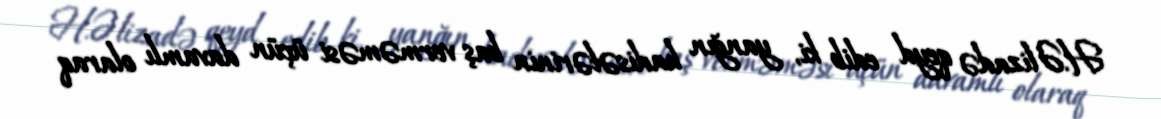
H.Əlizadə qeyd edib ki, yanğın hadisələrinin baş verməməsi üçün davamlı olaraq